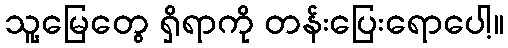
သူ့မြေတွေ ရှိရာကို တန်းပြေးရောပေါ့။